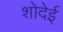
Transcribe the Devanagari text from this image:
शोदेई